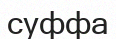
суффа